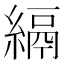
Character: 𦃔